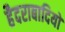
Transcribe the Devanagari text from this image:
हैदराबादियों